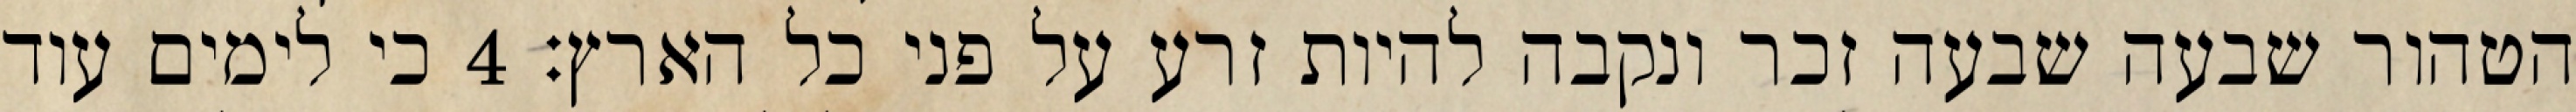
הטהור שבעה שבעה זכר ונקבה להיות זרע על פני כל הארץ׃ ‎4‏ כי לימים עוד